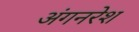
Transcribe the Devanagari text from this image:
अंगनरेश